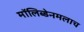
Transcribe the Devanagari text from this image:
मॉलिब्डेनमलाच